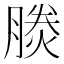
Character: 𪱪